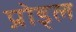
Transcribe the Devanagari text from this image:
प्रोड्ल